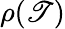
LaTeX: \rho(\mathscr{T})